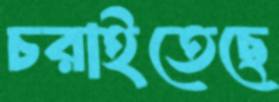
চরাইতেছে